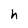
Character: h